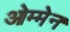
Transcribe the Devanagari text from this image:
ओम्मेन